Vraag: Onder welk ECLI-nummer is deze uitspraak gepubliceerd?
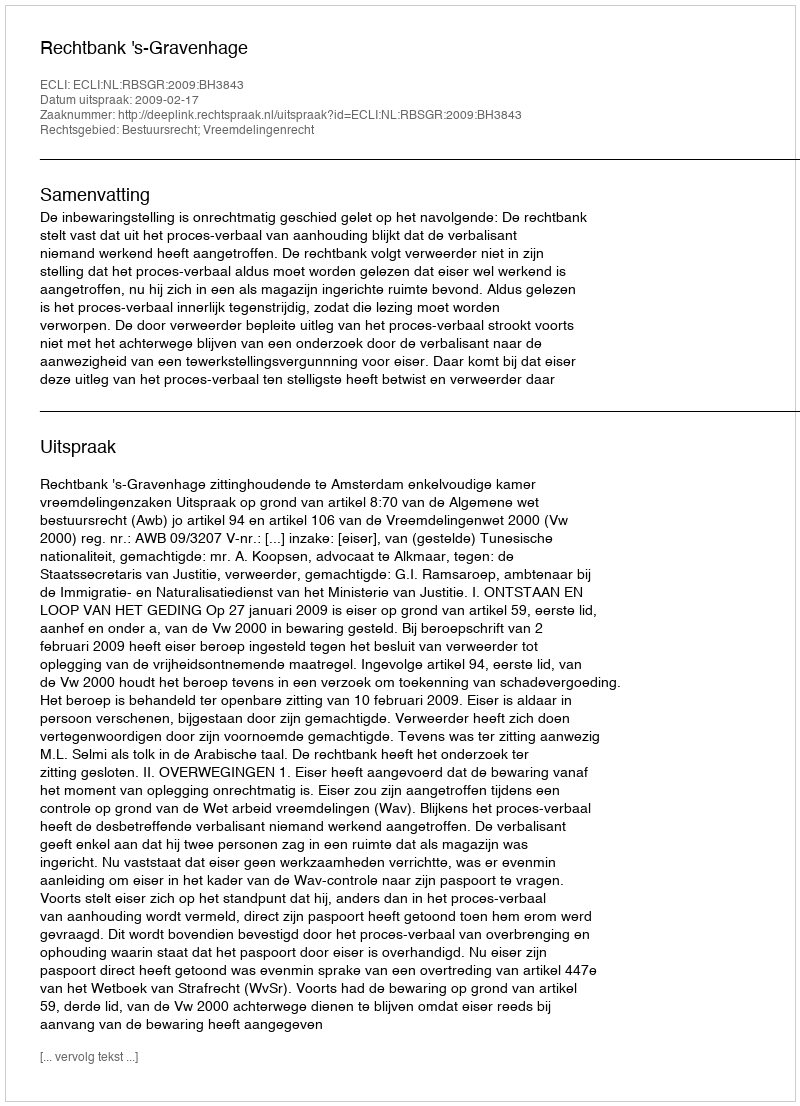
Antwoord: ECLI:NL:RBSGR:2009:BH3843